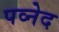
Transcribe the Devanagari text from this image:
पव्नेद